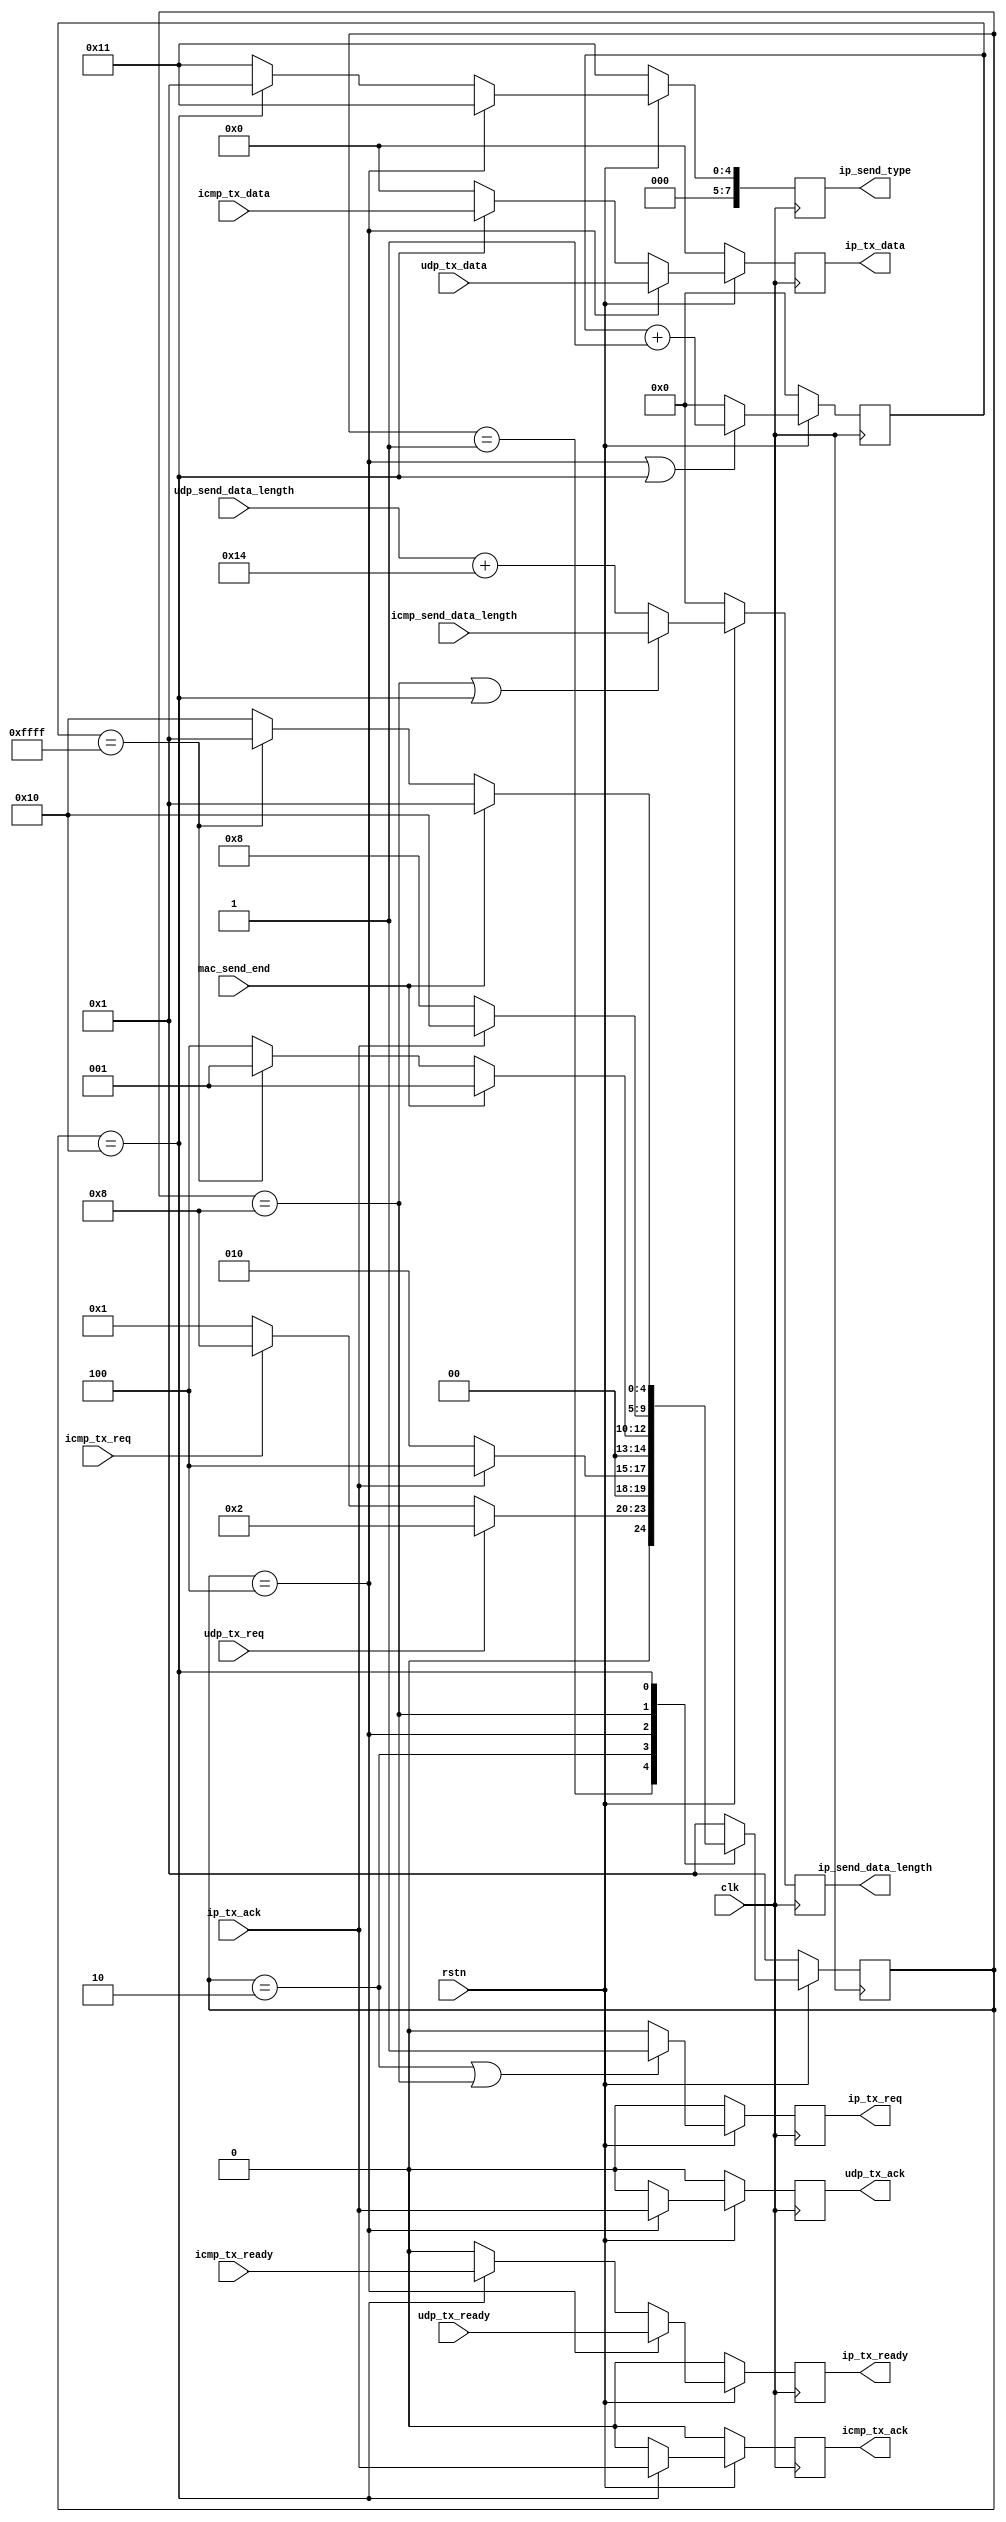
`timescale 1ns / 1ps
//////////////////////////////////////////////////////////////////////////////////
// Company: 
// Engineer: 
// 
// Design Name: 
// Module Name: ip_tx_mode
// Project Name: 
// Target Devices: 
// Tool Versions: 
// Description: 
// 
// Dependencies: 
// 
// Revision:
// Revision 0.01 - File Created
// Additional Comments:
// 
//////////////////////////////////////////////////////////////////////////////////


module ip_tx_mode(
    input                    clk ,
    input                    rstn,
    input                    mac_send_end,

    input                    udp_tx_req,
    input                    udp_tx_ready ,
    input      [7:0]         udp_tx_data,
    input      [15:0]        udp_send_data_length,
    output reg               udp_tx_ack,
    
    input                    icmp_tx_req,
    input                    icmp_tx_ready,
    input      [7:0]         icmp_tx_data,
    input      [15:0]        icmp_send_data_length,
    output reg               icmp_tx_ack,
    
    input                    ip_tx_ack,
    output reg               ip_tx_req,
    output reg               ip_tx_ready,
    output reg [7:0]         ip_tx_data,
    output reg [7:0]         ip_send_type,
    output reg [15:0]        ip_send_data_length
);
       
    localparam ip_udp_type  = 8'h11 ;
    localparam ip_icmp_type = 8'h01 ;
    
    reg [15:0]    timeout ;
    
    parameter IDLE      = 5'b00001 ;
    parameter UDP_WAIT  = 5'b00010 ;
    parameter UDP       = 5'b00100 ;
    parameter ICMP_WAIT = 5'b01000 ;
    parameter ICMP      = 5'b10000 ;
    
    
    reg [4:0]    state  ;
    reg [4:0]    next_state ;
    
    always @(posedge clk)
    begin
        if (~rstn)
            state  <=  IDLE  ;
        else
            state  <= next_state ;
    end
      
    always @(*)
    begin
        case(state)
          IDLE        :
          begin
              if (udp_tx_req)
                  next_state = UDP_WAIT ;
              else if (icmp_tx_req)
                  next_state = ICMP_WAIT  ;
              else
                  next_state = IDLE ;
          end
          UDP_WAIT    :
          begin
    		  if (ip_tx_ack)
    		      next_state = UDP ;
    		  else
    		      next_state = UDP_WAIT ;
          end		
          UDP         :
          begin
              if (mac_send_end)
                  next_state = IDLE ;
              else if (timeout == 16'hffff)
                  next_state = IDLE ;
              else
                  next_state = UDP ;
          end
    	  ICMP_WAIT    :
          begin
    		  if (ip_tx_ack)
    		      next_state = ICMP ;
    		  else
    		      next_state = ICMP_WAIT ;
          end	
          ICMP        :
          begin
              if (mac_send_end)
                  next_state = IDLE ;
              else if (timeout == 16'hffff)
                  next_state = IDLE ;
              else
                  next_state = ICMP ;
          end
          default     :
              next_state = IDLE ;
      endcase
    end

    always @(posedge clk)
    begin
        if (~rstn)
            timeout <= 16'd0 ;
        else if (state == UDP || state == ICMP)
            timeout <= timeout + 1'b1 ;
        else
            timeout <= 16'd0 ;
    end
      
    always @(posedge clk)
    begin
        if (~rstn)
            ip_send_data_length <= 16'd0 ;
        else if (state == ICMP_WAIT || state == ICMP)
            ip_send_data_length <= icmp_send_data_length ;
        else
            ip_send_data_length <= udp_send_data_length + 16'd20 ;
    end
    
    always @(posedge clk)
    begin
        if (~rstn)
            ip_tx_req  <= 1'b0  ;
        else if (state == UDP_WAIT || state == ICMP_WAIT)
    	    ip_tx_req  <= 1'b1  ;
        else 
    	    ip_tx_req  <= 1'b0  ;
    end
      
    always @(posedge clk)
    begin
        if (~rstn)
            udp_tx_ack  <= 1'b0  ;
        else if (state == UDP)
    	    udp_tx_ack  <= ip_tx_ack  ;
        else 
    	    udp_tx_ack  <= 1'b0  ;
    end

    always @(posedge clk)
    begin
        if (~rstn)
            icmp_tx_ack  <= 1'b0  ;
        else if (state == ICMP)
    	    icmp_tx_ack  <= ip_tx_ack  ;
        else 
    	    icmp_tx_ack  <= 1'b0  ;
    end
      
    always @(posedge clk)
    begin
        if (~rstn)
        begin
            ip_tx_ready       <= 1'b0 ;
            ip_tx_data        <= 8'h00 ;
            ip_send_type      <= ip_udp_type ;
        end
        else if (state == UDP)
        begin
            ip_tx_ready       <= udp_tx_ready ;
            ip_tx_data        <= udp_tx_data ;
            ip_send_type      <= ip_udp_type ;
            
        end
        else if (state == ICMP)
        begin
            ip_tx_ready       <= icmp_tx_ready ;
            ip_tx_data        <= icmp_tx_data ;
            ip_send_type      <= ip_icmp_type ;
            
        end
        else
        begin
            ip_tx_ready       <= 1'b0 ;
            ip_tx_data        <= 8'h00 ;
            ip_send_type      <= ip_udp_type ;
        end
    end
  
endmodule